Problem: 5 × 5 = ?
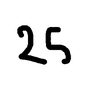
Handwritten answer: 25